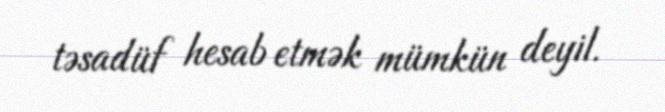
təsadüf hesab etmək mümkün deyil.